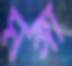
মঙ্গা